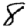
Digit: 8